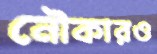
নৌকারও